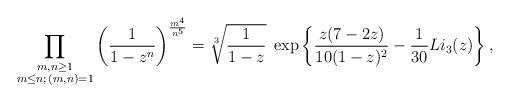
LaTeX: \begin{align*} \prod_{\substack{m,n \geq 1 \\ m \leq n ; \, (m,n)=1}} \left( \frac{1}{1-z^n} \right)^{\frac{m^4 }{n^5}} = \sqrt[3]{\frac{1}{1-z}} \; \exp\left\{\frac{z(7-2z)}{10(1-z)^2} - \frac{1}{30} Li_3(z) \right\},\end{align*}